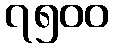
၇၅၀၀